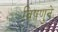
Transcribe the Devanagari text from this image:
विषणुने